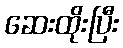
ဆေးထိုးပြီး